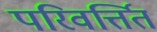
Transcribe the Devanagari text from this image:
परिवर्त्तित